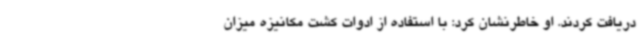
دریافت کردند. او خاطرنشان کرد: با استفاده از ادوات کشت مکانیزه میزان